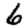
Digit: 6